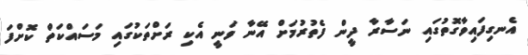
އެނގިފައިވާގޮތުގައި ނަސާރާ ދީން ފެތުރުމަށް އޭނާ ވަނީ އެކި ރަށްތަކުގައި މަސައްކަތް ކޮށްފަ